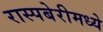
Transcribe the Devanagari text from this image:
रास्पबेरीमध्ये